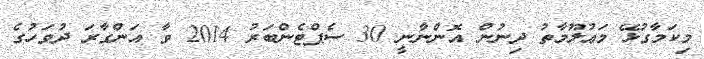
މިކަމާގުޅޭ މަޢުލޫމާތު ދިނުން އޮންނާނީ 30 ސެޕްޓެންބަރު 2014 ވާ އަންގާރަ ދުވަހުގެ